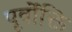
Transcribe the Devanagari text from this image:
पूर्वोक्ति